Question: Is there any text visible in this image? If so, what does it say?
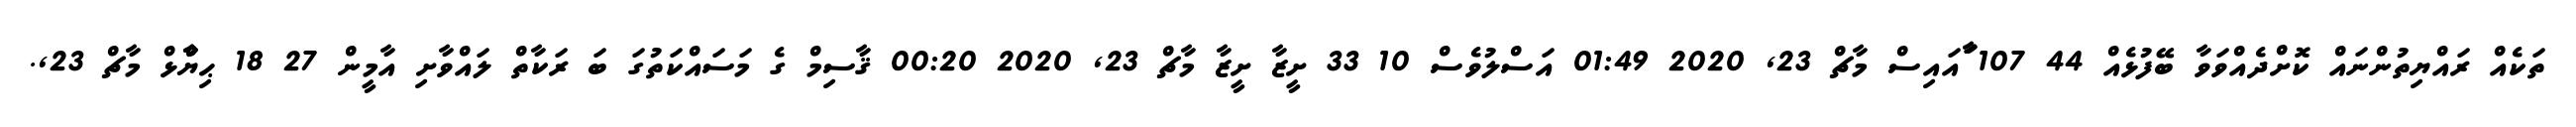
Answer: ތަކެއް ރައްޔިތުންނައް ކޮށްދެއްވަވާ ބޭފުޅެއް 44 107 ާައައިސް މާޗް 23, 2020 01:49 އަސްލުވެސް 10 33 ށީޒާ ށީޒާ މާޗް 23, 2020 00:20 ޤާސިމް ގެ މަސައްކަތުގަ ބަ ރަކާތް ލައްވާށި އާމީން 27 18 ޙިޔާާްްޅް މާޗް 23,.